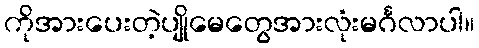
ကိုအားပေးတဲ့ပျိုမေတွေအားလုံးမင်္ဂလာပါ။